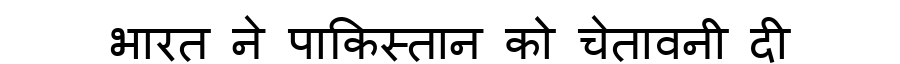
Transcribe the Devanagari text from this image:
भारत ने पाकिस्तान को चेतावनी दी